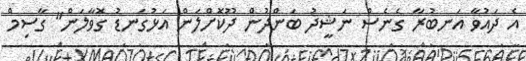
އެ ދައުވާ އަނބުރާ ގެނެސް ނަޝީދު ބަންދުން ދޫކޮށްލަން އަޅުގަނޑު ގޮވާލަން" ގާސިމް